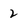
Character: 2